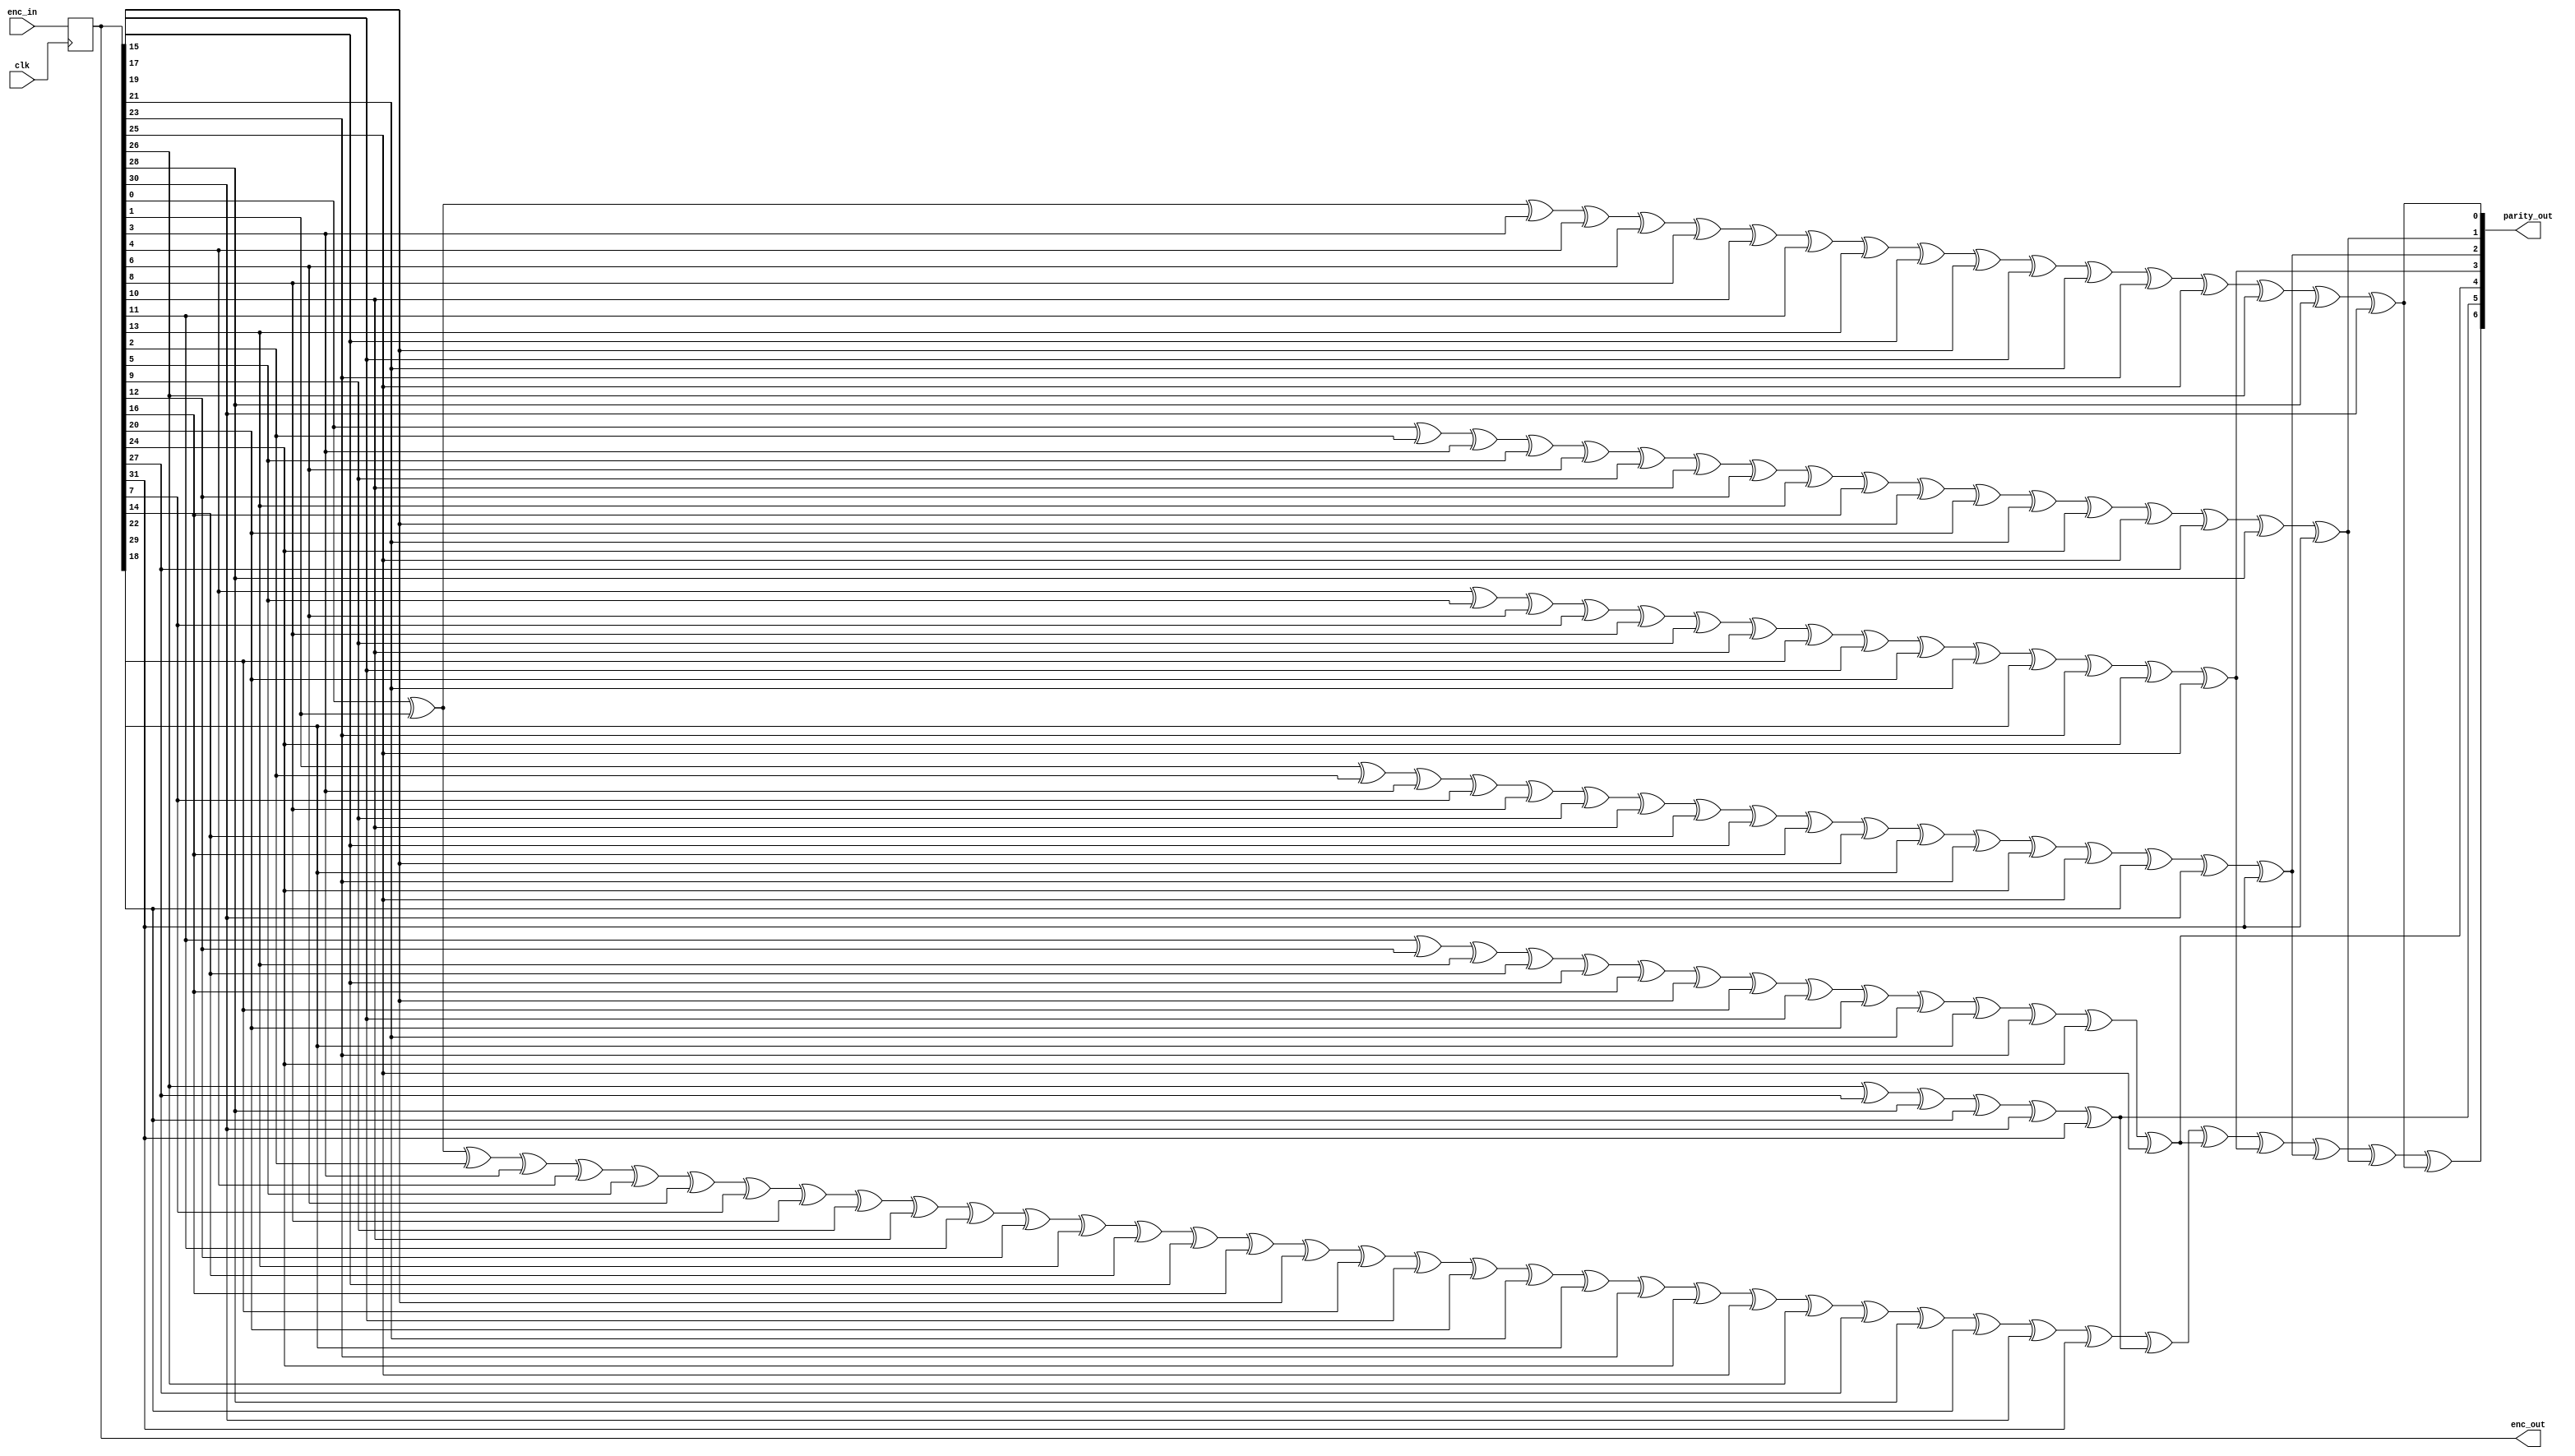
// This  Verilog HDL  source  file was  automatically generated
// by C++ model based on VPP library. Modification of this file
// is possible, but if you want to keep it in sync with the C++
// model,  please  modify  the model and re-generate this file.
// VPP library web-page: http://www.phys.ufl.edu/~madorsky/vpp/

// Timestamp : Mon Sep 10 09:02:06 2012

module ecc32_encode
(
    enc_in,
    enc_out,
    parity_out,
    clk
);

    input [31:0] enc_in;
    output [31:0] enc_out;
    reg    [31:0] enc_out;
    output [6:0] parity_out;
    input clk;

    wire [6:0] enc_chk;
    always @(posedge clk) 
    begin
        enc_out = enc_in;
    end
    assign enc_chk[0] = ((((((((((((((((enc_out[0] ^ enc_out[1]) ^ enc_out[3]) ^ enc_out[4]) ^ enc_out[6]) ^ enc_out[8]) ^ enc_out[10]) ^ enc_out[11]) ^ enc_out[13]) ^ enc_out[15]) ^ enc_out[17]) ^ enc_out[19]) ^ enc_out[21]) ^ enc_out[23]) ^ enc_out[25]) ^ enc_out[26]) ^ enc_out[28]) ^ enc_out[30];
    assign enc_chk[1] = ((((((((((((((((enc_out[0] ^ enc_out[2]) ^ enc_out[3]) ^ enc_out[5]) ^ enc_out[6]) ^ enc_out[9]) ^ enc_out[10]) ^ enc_out[12]) ^ enc_out[13]) ^ enc_out[16]) ^ enc_out[17]) ^ enc_out[20]) ^ enc_out[21]) ^ enc_out[24]) ^ enc_out[25]) ^ enc_out[27]) ^ enc_out[28]) ^ enc_out[31];
    assign enc_chk[2] = ((((((((((((((((enc_out[1] ^ enc_out[2]) ^ enc_out[3]) ^ enc_out[7]) ^ enc_out[8]) ^ enc_out[9]) ^ enc_out[10]) ^ enc_out[14]) ^ enc_out[15]) ^ enc_out[16]) ^ enc_out[17]) ^ enc_out[22]) ^ enc_out[23]) ^ enc_out[24]) ^ enc_out[25]) ^ enc_out[29]) ^ enc_out[30]) ^ enc_out[31];
    assign enc_chk[3] = (((((((((((((enc_out[4] ^ enc_out[5]) ^ enc_out[6]) ^ enc_out[7]) ^ enc_out[8]) ^ enc_out[9]) ^ enc_out[10]) ^ enc_out[18]) ^ enc_out[19]) ^ enc_out[20]) ^ enc_out[21]) ^ enc_out[22]) ^ enc_out[23]) ^ enc_out[24]) ^ enc_out[25];
    assign enc_chk[4] = (((((((((((((enc_out[11] ^ enc_out[12]) ^ enc_out[13]) ^ enc_out[14]) ^ enc_out[15]) ^ enc_out[16]) ^ enc_out[17]) ^ enc_out[18]) ^ enc_out[19]) ^ enc_out[20]) ^ enc_out[21]) ^ enc_out[22]) ^ enc_out[23]) ^ enc_out[24]) ^ enc_out[25];
    assign enc_chk[5] = ((((enc_out[26] ^ enc_out[27]) ^ enc_out[28]) ^ enc_out[29]) ^ enc_out[30]) ^ enc_out[31];
    assign enc_chk[6] = ((((((((((((((((((((((((((((((((((((enc_out[0] ^ enc_out[1]) ^ enc_out[2]) ^ enc_out[3]) ^ enc_out[4]) ^ enc_out[5]) ^ enc_out[6]) ^ enc_out[7]) ^ enc_out[8]) ^ enc_out[9]) ^ enc_out[10]) ^ enc_out[11]) ^ enc_out[12]) ^ enc_out[13]) ^ enc_out[14]) ^ enc_out[15]) ^ enc_out[16]) ^ enc_out[17]) ^ enc_out[18]) ^ enc_out[19]) ^ enc_out[20]) ^ enc_out[21]) ^ enc_out[22]) ^ enc_out[23]) ^ enc_out[24]) ^ enc_out[25]) ^ enc_out[26]) ^ enc_out[27]) ^ enc_out[28]) ^ enc_out[29]) ^ enc_out[30]) ^ enc_out[31]) ^ enc_chk[5]) ^ enc_chk[4]) ^ enc_chk[3]) ^ enc_chk[2]) ^ enc_chk[1]) ^ enc_chk[0];
    assign parity_out = enc_chk;
endmodule